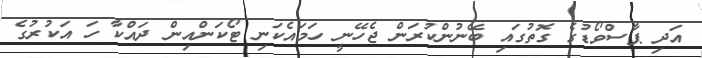
އަދި ޕާސްވޯޑުގެ ގޮތުގައި ބޭނުންކުރަން ޖެހޭނީ ހަމައެކަނި ޓޯކަންއިން ދައްކާ ހަ އަކުރުގެ